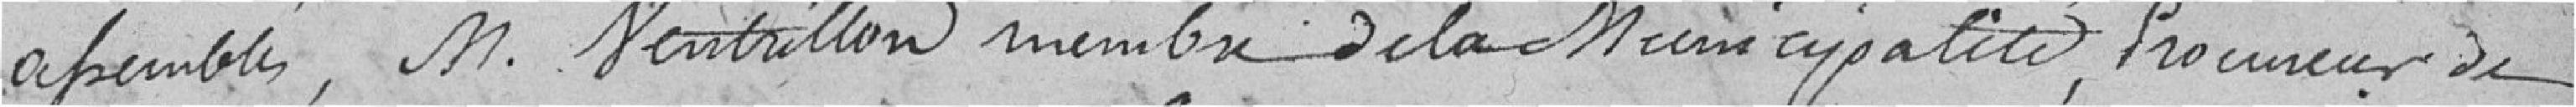
assemblés, M. Ventrillon membre de la municipalité, procureur de